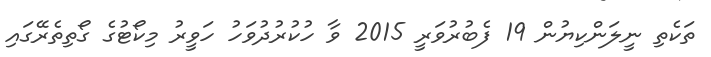
ތަކެތި ނީލަންކިޔުން 19 ފެބުރުވަރީ 2015 ވާ ހުކުރުދުވަހު ހަވީރު މިކޯޓުގެ ގޯތިތެރޭގައި